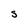
Character: S